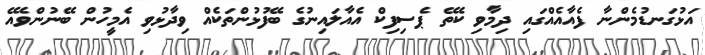
އަޅުގަނޑުމެންނާ ފެއާއެއްގައި ދިމާވި ކެތޭ ޕެސިފިކް އެއާލައިނުގެ ބޭފުޅުންތަކެއް ވިދާޅުވި އެމީހުން ބޭނުންވެއޭ